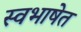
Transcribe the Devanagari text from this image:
स्वभाषेत